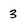
Character: 3